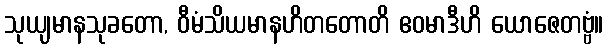
သုယျမာနသုခတော, ဝီမံသိယမာနဟိတတောတိ ဧဝမာဒီဟိ ယောဇေတဗ္ဗံ။